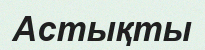
Астықты